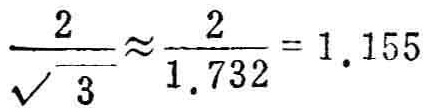
\(\frac{2}{\sqrt{3}}\approx\frac{2}{1.732}=1.155\)